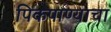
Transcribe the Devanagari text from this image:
पिकपाण्याचा